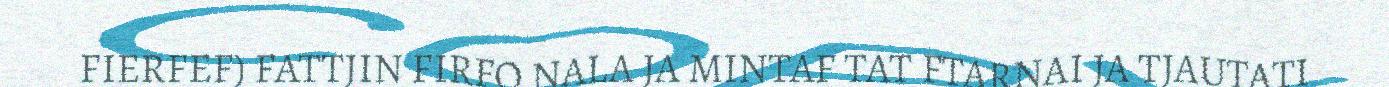
FIERFEF) FATTJIN FIRFO NALA JA MINTAF TAT FTARNAI JA TJAUTATI